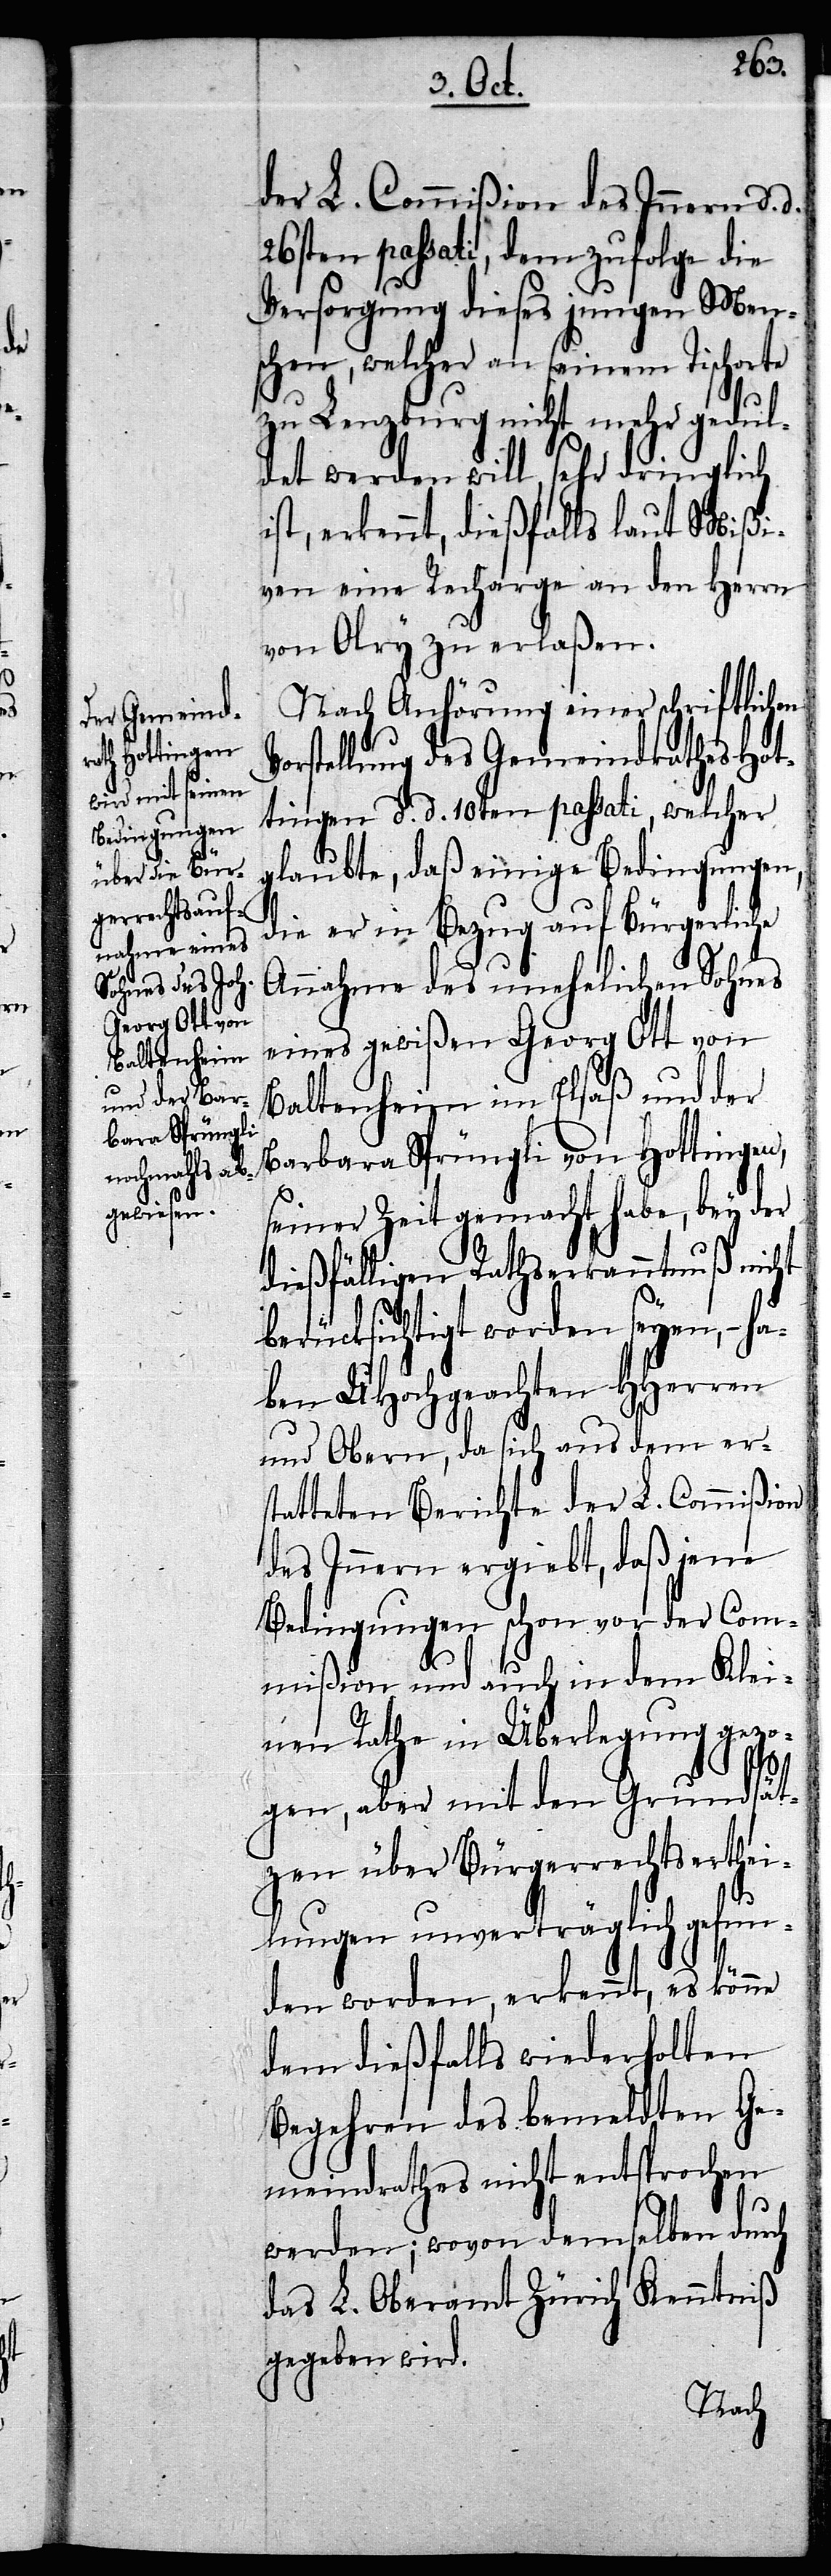
der L. Commißion des Innern d. d.
26sten passati, dem zufolge die
Versorgung dieses jungen Men¬
schen, welcher an seinem Tischorte
zu Lenzburg nicht mehr gedul¬
det werden will, sehr dringlich
ist, erkennt, dießfalls laut Mißi¬
ven eine Recharge an den Herrn
von Olry zu erlaßen.
Nach Anhörung einer schriftlichen
rstellung des Gemeindrathes Hot¬
tingen d. d. 10ten passati, welcher
glaubte, daß einige Bedingungen,
die er in Bezug auf bürgerliche
Annahme des unehelichen Sohnes
eines gewißen Georg Ott von
Baltenheim im Elsaß und der
Barbara Sprüngli von Hottingen,
seiner Zeit gemacht habe, bey der
dießfälligen Rathserkanntnuß nicht
berücksichtigt worden seyen, – h¬
aben UHochgeachten HHerren
und Obern, da sich aus dem er¬
statteten Berichte der L. Commißion
des Innern ergiebt, daß jene
Bedingungen schon vor der Com¬
mißion und auch in dem Klei¬
nen Rathe in Überlegung gezo¬
Vo¬
gen, aber mit den Grundsät¬
zen über Bürgerrechtserthei¬
lungen unverträglich gefun¬
den worden, erkennt, es könne
dem dießfalls wiederholten
Begehren des bemeldten Ge¬
meindrathes nicht entsprochen
werden; wovon demselben durch
das L. Oberamt Zürich Kenntniß
gegeben wird.